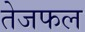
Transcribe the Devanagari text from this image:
तेजफल